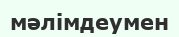
мәлімдеумен